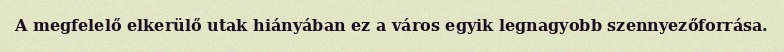
A megfelelő elkerülő utak hiányában ez a város egyik legnagyobb szennyezőforrása.